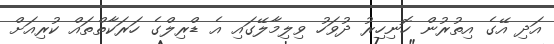
އަދި އޭގެ އިތުރުން ހޮނިހިރު ދުވަހު ވިލިމާލޭގައި އެ ޑްރިލްގެ ހަރަކާތްތައް ކުރިއަށް